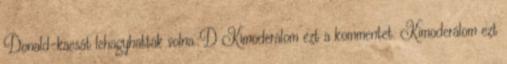
Donald-kacsát lehagyhatták volna.:D Kimoderálom ezt a kommentet. Kimoderálom ezt